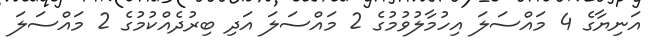
އަނިޔާގެ 4 މައްސަލަ އިހުމާލުވުމުގެ 2 މައްސަލަ އަދި ބިރުދެއްކުމުގެ 2 މައްސަލަ